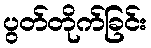
ပွတ်တိုက်ခြင်း